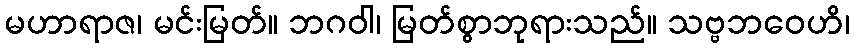
မဟာရာဇ၊ မင်းမြတ်။ ဘဂဝါ၊ မြတ်စွာဘုရားသည်။ သဗ္ဗဘဝေဟိ၊